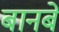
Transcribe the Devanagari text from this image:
बानबे